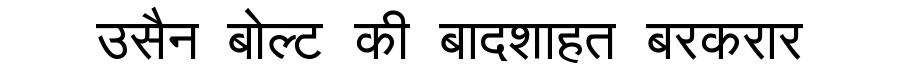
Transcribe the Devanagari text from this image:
उसैन बोल्ट की बादशाहत बरकरार